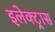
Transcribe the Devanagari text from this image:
इलेक्‍ट्रास